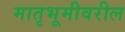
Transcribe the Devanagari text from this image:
मातृभूमीवरील